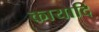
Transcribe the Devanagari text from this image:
कायादि